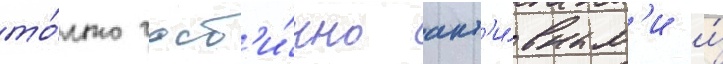
то́лько част'и́чно акт'и́вным'и и́